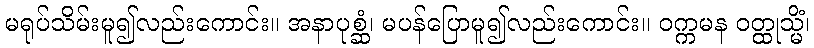
မရုပ်သိမ်းမူ၍လည်းကောင်း။ အနာပုစ္ဆံ၊ မပန်ပြောမူ၍လည်းကောင်း။ ဝက္ကမန ဝတ္ထုသ္မိံ၊